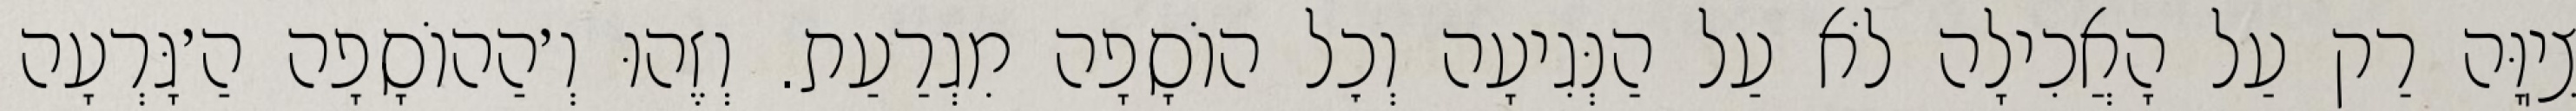
צִיֽוָּה רַק עַל הָאֲכִילָה לֹא עַל הַנְּגִיעָה וְכׇל הוֹסָפָה מִגְרַעַת. וְזֶהוּ וְ׳הַהוֹסָפָה הַ׳גָּרְעָה